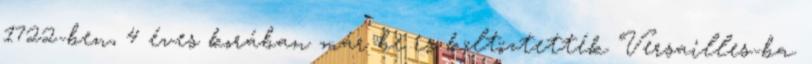
1722-ben, 4 éves korában már be is költöztették Versailles-ba.